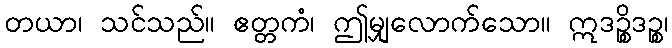
တယာ၊ သင်သည်။ ဧတ္တကံ၊ ဤမျှလောက်သော။ ဣဒဉ္စိဒဉ္စ၊